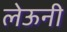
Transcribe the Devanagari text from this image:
लेऊनी